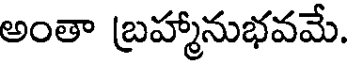
అంతా బ్రహ్మానుభవమే.